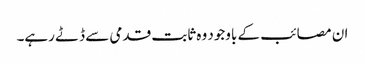
ان مصائب کے باوجود وہ ثابت قدمی سے ڈٹے رہے۔